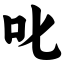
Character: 叱